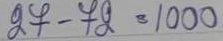
27 - 72 = 1000